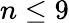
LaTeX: n\leq 9